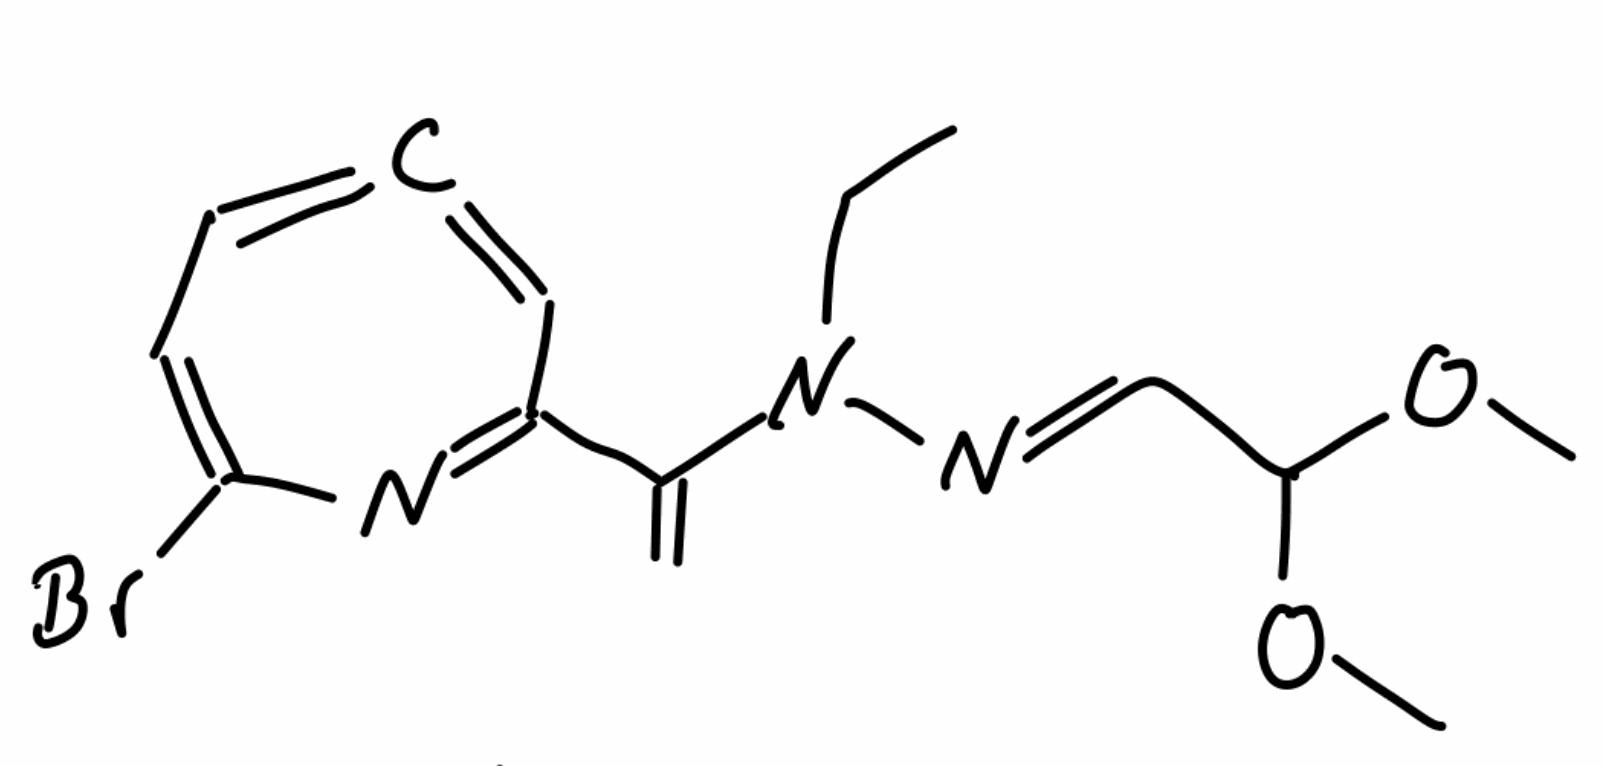
Simplified molecular-input line-entry system (SMILES) notation of the given molecule:
CCN(C(=C)C1=NC(=CC=C=C1)Br)/N=C/C(OC)OC